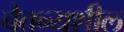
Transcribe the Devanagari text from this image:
चैतन्यशील